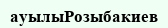
ауылыРозыбакиев